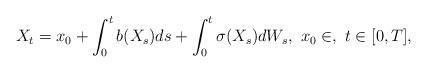
LaTeX: \begin{align*}X_t=x_0+\int_0^t b(X_s)ds+\int_0^t \sigma(X_s)dW_s,~x_0 \in \real,~t \in [0,T],\end{align*}